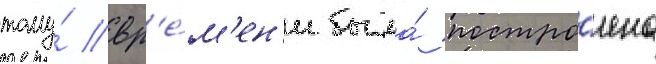
тому́ вр'е́м'ен'и была́ постро́ена